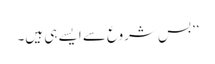
’’بس شروع سے ایسے ہی ہیں۔